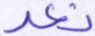
نعد